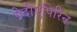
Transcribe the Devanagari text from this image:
पेदीएपिरिन